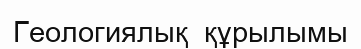
Геологиялық  құрылымы